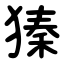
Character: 獉